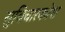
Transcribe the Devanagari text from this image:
सुविचारकोश